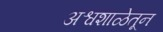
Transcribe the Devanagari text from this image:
अश्वशाळेतून